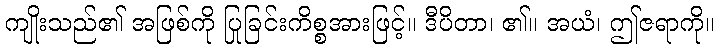
ကျိုးသည်၏ အဖြစ်ကို ပြုခြင်းကိစ္စအားဖြင့်။ ဒီပိတာ၊ ၏။ အယံ၊ ဤဇရာကို။